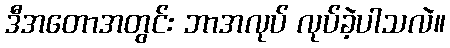
ဒီအတောအတွင်း ဘာအလုပ် လုပ်ခဲ့ပါသလဲ။